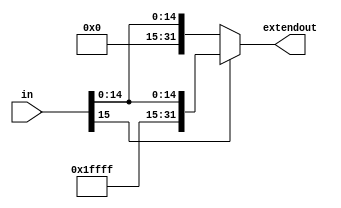
// 32-bit sign extend
module signextend(extendout, in);

   input [15:0] in;
   output [31:0] extendout;
   reg [31:0]    extendout;
   
   always @(in)
     if (in[15] == 1)
       extendout = {16'hffff,in};
     else
       extendout = {16'h0000,in};

endmodule